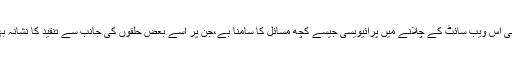
تاہم گوگل کو اپنی اس ویب سائٹ کے چلانے میں پرائیویسی جیسے کچھ مسائل کا سامنا ہے،جن پر اسے بعض حلقوں کی جانب سے تنقید کا نشانہ بھی بنایا گیا ہے۔